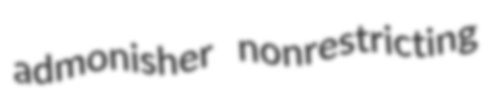
admonisher nonrestricting